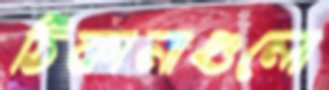
ঠিকানাগুলো